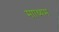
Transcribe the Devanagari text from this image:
मााध्यम